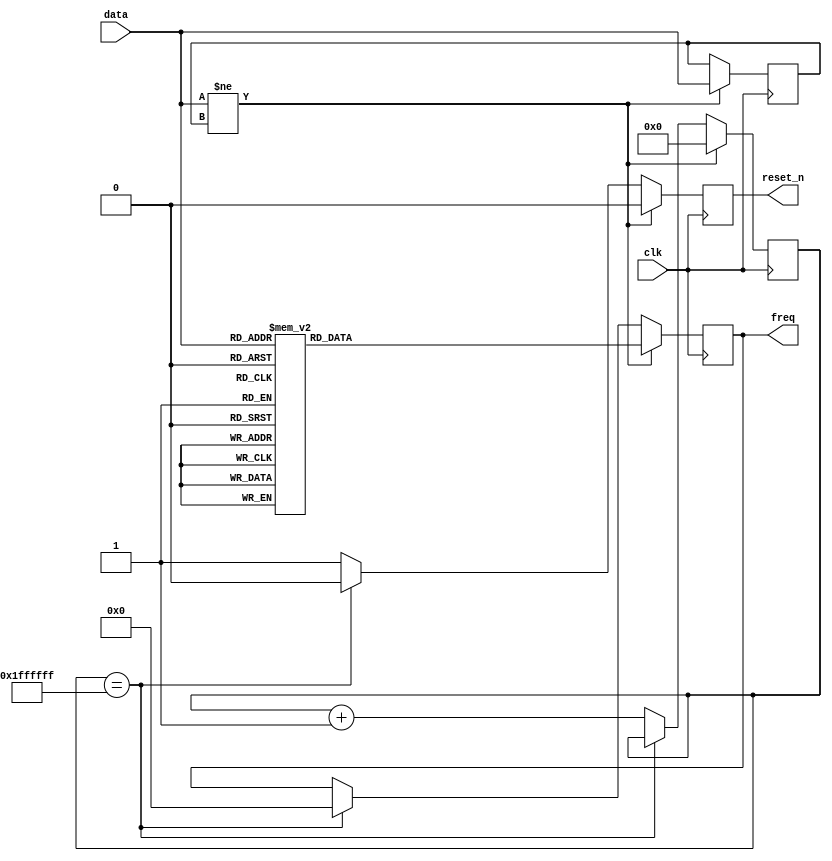
module get_freq (
	input clk,
	input [7:0] data,
	output reg [15:0] freq,
	output reg reset_n
);
(* ram_init_file = "keyfreq.mif" *) reg [15:0] keytable [256:0];

reg [7:0] olddata;
reg [24:0] cnt;

initial 
	begin
		
	
		freq=16'h0000;
		olddata=8'h00;
		reset_n=1'b1;
		cnt=25'b0;
	end
	
always @(posedge clk) 
	begin
		if(data!=olddata)
			begin
				olddata<=data;
				cnt<=25'b0;
				reset_n<=1'b0;
				freq<=keytable[data];
			end
		else
			begin
				
				if(cnt==25'b1111111111111111111111111)
					begin
						freq<=16'b0;
						reset_n<=1'b0;
					end
				else
					begin
						reset_n<=1'b1;
						cnt<=cnt+1'b1;
					end
				
			end
	end



endmodule